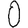
Digit: 0